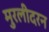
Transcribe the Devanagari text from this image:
मुरलीदरन